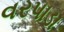
વરપાડા